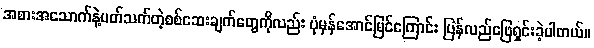
အစားအသောက်နဲ့ပတ်သက်တဲ့စစ်ဆေးချက်တွေကိုလည်း ပုံမှန်အောင်မြင်ကြောင်း ပြန်လည်ဖြေရှင်းခဲ့ပါတယ်။